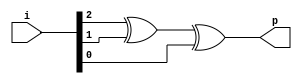
`timescale 1ns / 1ps
//////////////////////////////////////////////////////////////////////////////////
// Company: 
// Engineer: 
// 
// Design Name: 
// Module Name:    even_p_gen_3bit 
// Project Name: 
// Target Devices: 
// Tool versions: 
// Description: 
//
// Dependencies: 
//
// Revision: 
// Revision 0.01 - File Created
// Additional Comments: 
//
//////////////////////////////////////////////////////////////////////////////////
module even_p_gen_3bit(p, i);
	input [2:0]i;
	output p;
	
	xor xor1(p, i[2], i[1], i[0]);
	


endmodule